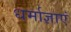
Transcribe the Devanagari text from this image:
धर्माज्ञाएं